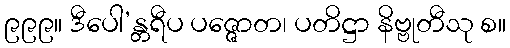
၉၉၉။ ဒီပေါ’န္တရီပ ပဇ္ဇောတ၊ ပတိဋ္ဌာ နိဗ္ဗုတီသု စ။